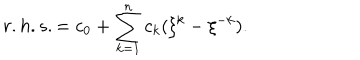
LaTeX: r . h . s . = c _ { 0 } + \sum _ { k = 1 } ^ { n } c _ { k } ( \xi ^ { k } - \xi ^ { - k } ) .